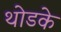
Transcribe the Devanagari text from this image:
थोडके